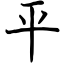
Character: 平